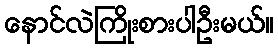
နောင်လဲကြိုးစားပါဦးမယ်။